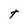
Character: t